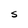
Character: S